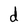
Character: d